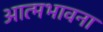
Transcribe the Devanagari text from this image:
आत्मभावना